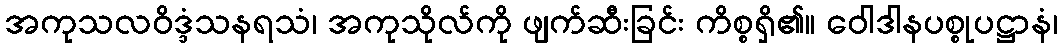
အကုသလဝိဒ္ဒံသနရသံ၊ အကုသိုလ်ကို ဖျက်ဆီးခြင်း ကိစ္စရှိ၏။ ဝေါဒါနပစ္စုပဋ္ဌာနံ၊